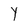
Character: Y